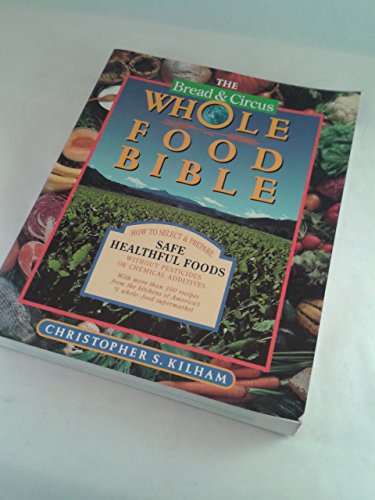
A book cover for Bread and Circus Whole Food Bible: How to Select and Prepare Safe, Healthful Foods; Christopher S. Kilham; Health, Fitness & Dieting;